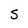
Character: S